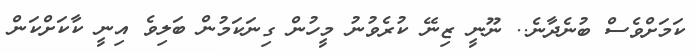
ކަމަށްވެސް ބުނެދާނެ.. ނޫނީ ޒިނޭ ކުރެވުނު މީހުން ގިނަކަމުން ބަލިވެ އިނީ ކާކަށްކަން